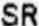
SR